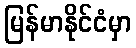
မြန်မာနိုင်ငံမှာ